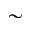
\sim